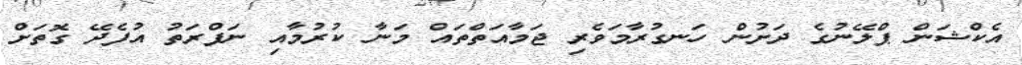
އެކްޝަން ޕްލޭނުގެ ދަށުން ހަނގުރާމަވެރި ޖަމާއަތްތައް މަނާ ކުރުމާއި ނަފްރަތު އުފެދޭ ގޮތަށް